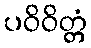
ပဝိဝိတ္တံ